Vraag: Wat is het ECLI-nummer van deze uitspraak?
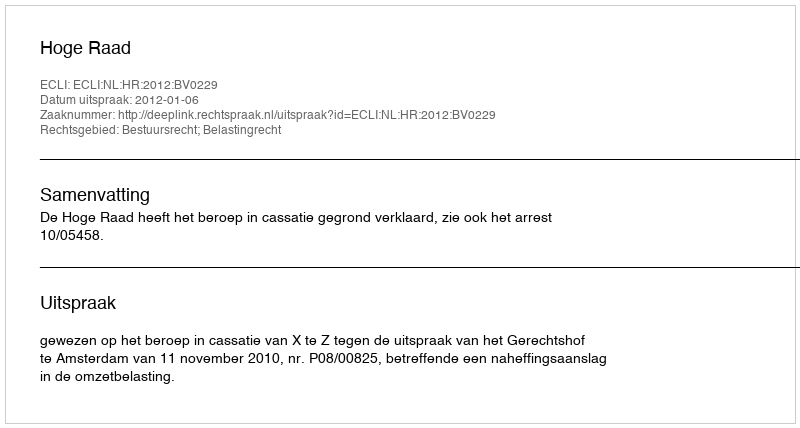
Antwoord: ECLI:NL:HR:2012:BV0229